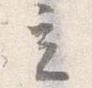
立